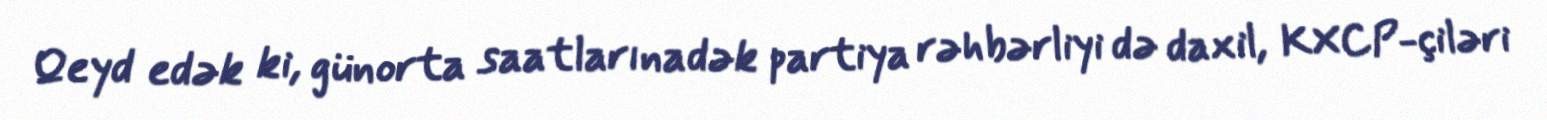
Qeyd edək ki, günorta saatlarınadək partiya rəhbərliyi də daxil, KXCP-çiləri